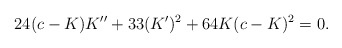
\begin{align*}24(c-K)K''+33(K')^2+64K(c-K)^2=0.\end{align*}